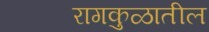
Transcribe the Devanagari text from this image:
रागकुळातील